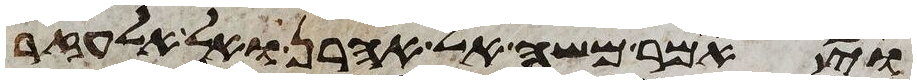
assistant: ויאמר משה אל אהרן ואל אלעזר